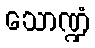
သောဏ္ဍံ